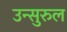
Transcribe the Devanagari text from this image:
उन्सुरुल